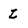
Character: L